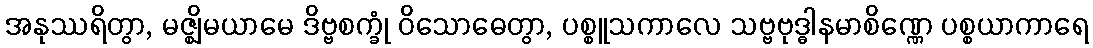
အနုဿရိတွာ, မဇ္ဈိမယာမေ ဒိဗ္ဗစက္ခုံ ဝိသောဓေတွာ, ပစ္စူသကာလေ သဗ္ဗဗုဒ္ဓါနမာစိဏ္ဏေ ပစ္စယာကာရေ